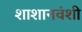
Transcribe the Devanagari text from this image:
शाशानवंशी